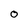
Character: O